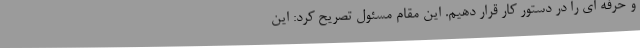
و حرفه ای را در دستور کار قرار دهیم. این مقام مسئول تصریح کرد: این